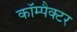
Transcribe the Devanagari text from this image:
कॉम्पैक्टर